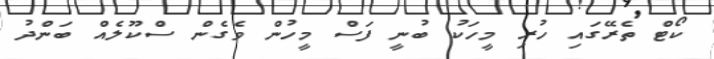
ކޯޓް ތެރޭގައި ހުރި މީހަކު ބުނީ ފަސް މީހުން ވެގެން ސްކޫލެއް ބަންދު